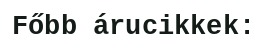
Főbb árucikkek: